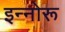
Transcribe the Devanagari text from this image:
इन्नोरू